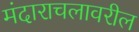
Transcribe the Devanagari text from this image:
मंदाराचलावरील